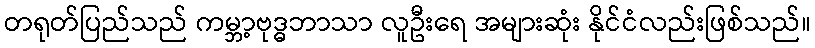
တရုတ်ပြည်သည် ကမ္ဘာ့ဗုဒ္ဓဘာသာ လူဦးရေ အများဆုံး နိုင်ငံလည်းဖြစ်သည်။